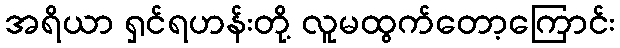
အရိယာ ရှင်ရဟန်းတို့ လူမထွက်တော့ကြောင်း